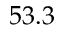
5 3 . 3